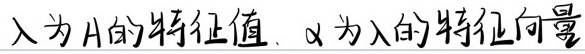
\(\lambda\) 为 \(A\) 的特征值，\(\alpha\) 为 \(\lambda\) 的特征向量。